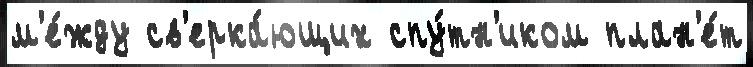
м'е́жду св'ерка́ющих спу́тн'иком план'е́т